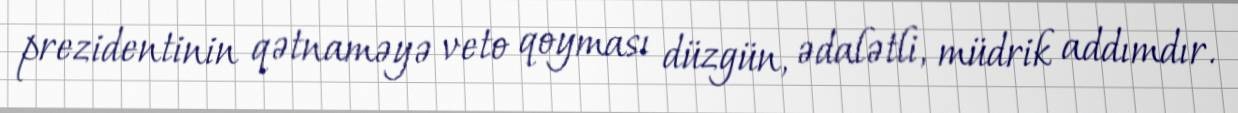
prezidentinin qətnaməyə veto qoyması düzgün, ədalətli, müdrik addımdır.